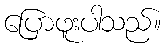
ပြောဖူးပါသည်။